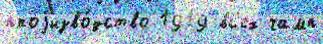
проjизво́дство 1919 вс'ех чамп